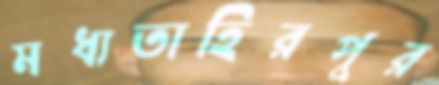
মধ্যতাহিরপুর